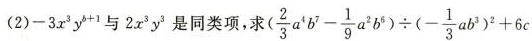
(2) -3x^{3}y^{b+1} 与 2x^{3}y^{3} 是同类项，求 $$( \frac { 2 } { 3 } a ^ { 4 } b ^ { 7 } - \frac{ 1 } { 9 } a ^ { 2 } b ^ { 6 }